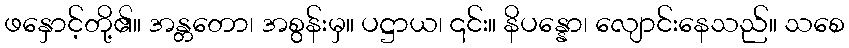
ဖနှောင့်တို့၏။ အန္တတော၊ အစွန်းမှ။ ပဋ္ဌာယ၊ ၎င်း။ နိပန္နော၊ လျောင်းနေသည်။ သစေ